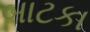
બાટકા